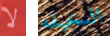
لا السخيفه